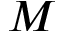
M